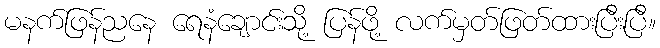
မနက်ဖြန်ညနေ ရေနံချောင်းသို့ ပြန်ဖို့ လက်မှတ်ဖြတ်ထားပြီးပြီ။